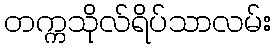
တက္ကသိုလ်ရိပ်သာလမ်း